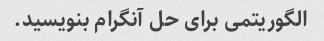
الگوریتمی برای حل آنگرام بنویسید.